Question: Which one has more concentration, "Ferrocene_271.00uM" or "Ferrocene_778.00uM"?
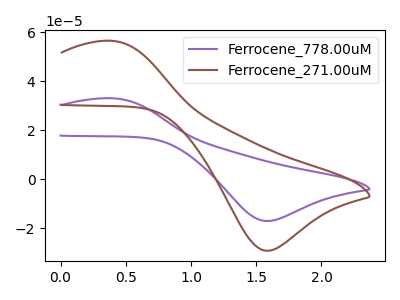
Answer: <think>The purple curve "Ferrocene_778.00uM" has an anodic peak at (0.40V, 33.05uA) and a cathodic peak at (1.60V, -17.10uA). The brown curve "Ferrocene_271.00uM" has an anodic peak at (0.40V, 56.50uA) and a cathodic peak at (1.60V, -29.25uA).
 All the peaks in "Ferrocene_271.00uM" have a peak in "Ferrocene_778.00uM" at the same potential. Every peak in "Ferrocene_271.00uM" is higher than every peak in "Ferrocene_778.00uM".</think>
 <answer>"Ferrocene_271.00uM" has more signal than "Ferrocene_778.00uM" and so likely has a higher concentration.</answer>
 <eval>more_concentration</eval>